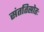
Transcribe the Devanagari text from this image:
संततिस्रोतः